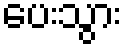
ပေးသွား